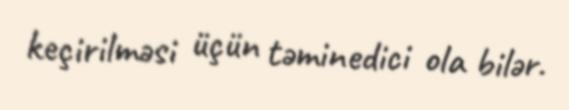
keçirilməsi üçün təminedici ola bilər.